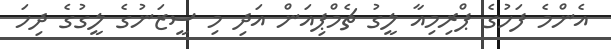
އެންމެ ފަހުގެ ޕްރިމިއާ ލީގު ޗެމްޕިއަން އަދި މި ސީޒަނުގެ ލީގުގެ ދިހަ